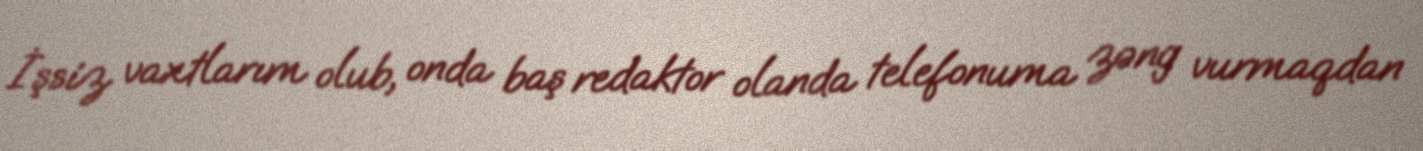
İşsiz vaxtlarım olub, onda baş redaktor olanda telefonuma zəng vurmaqdan